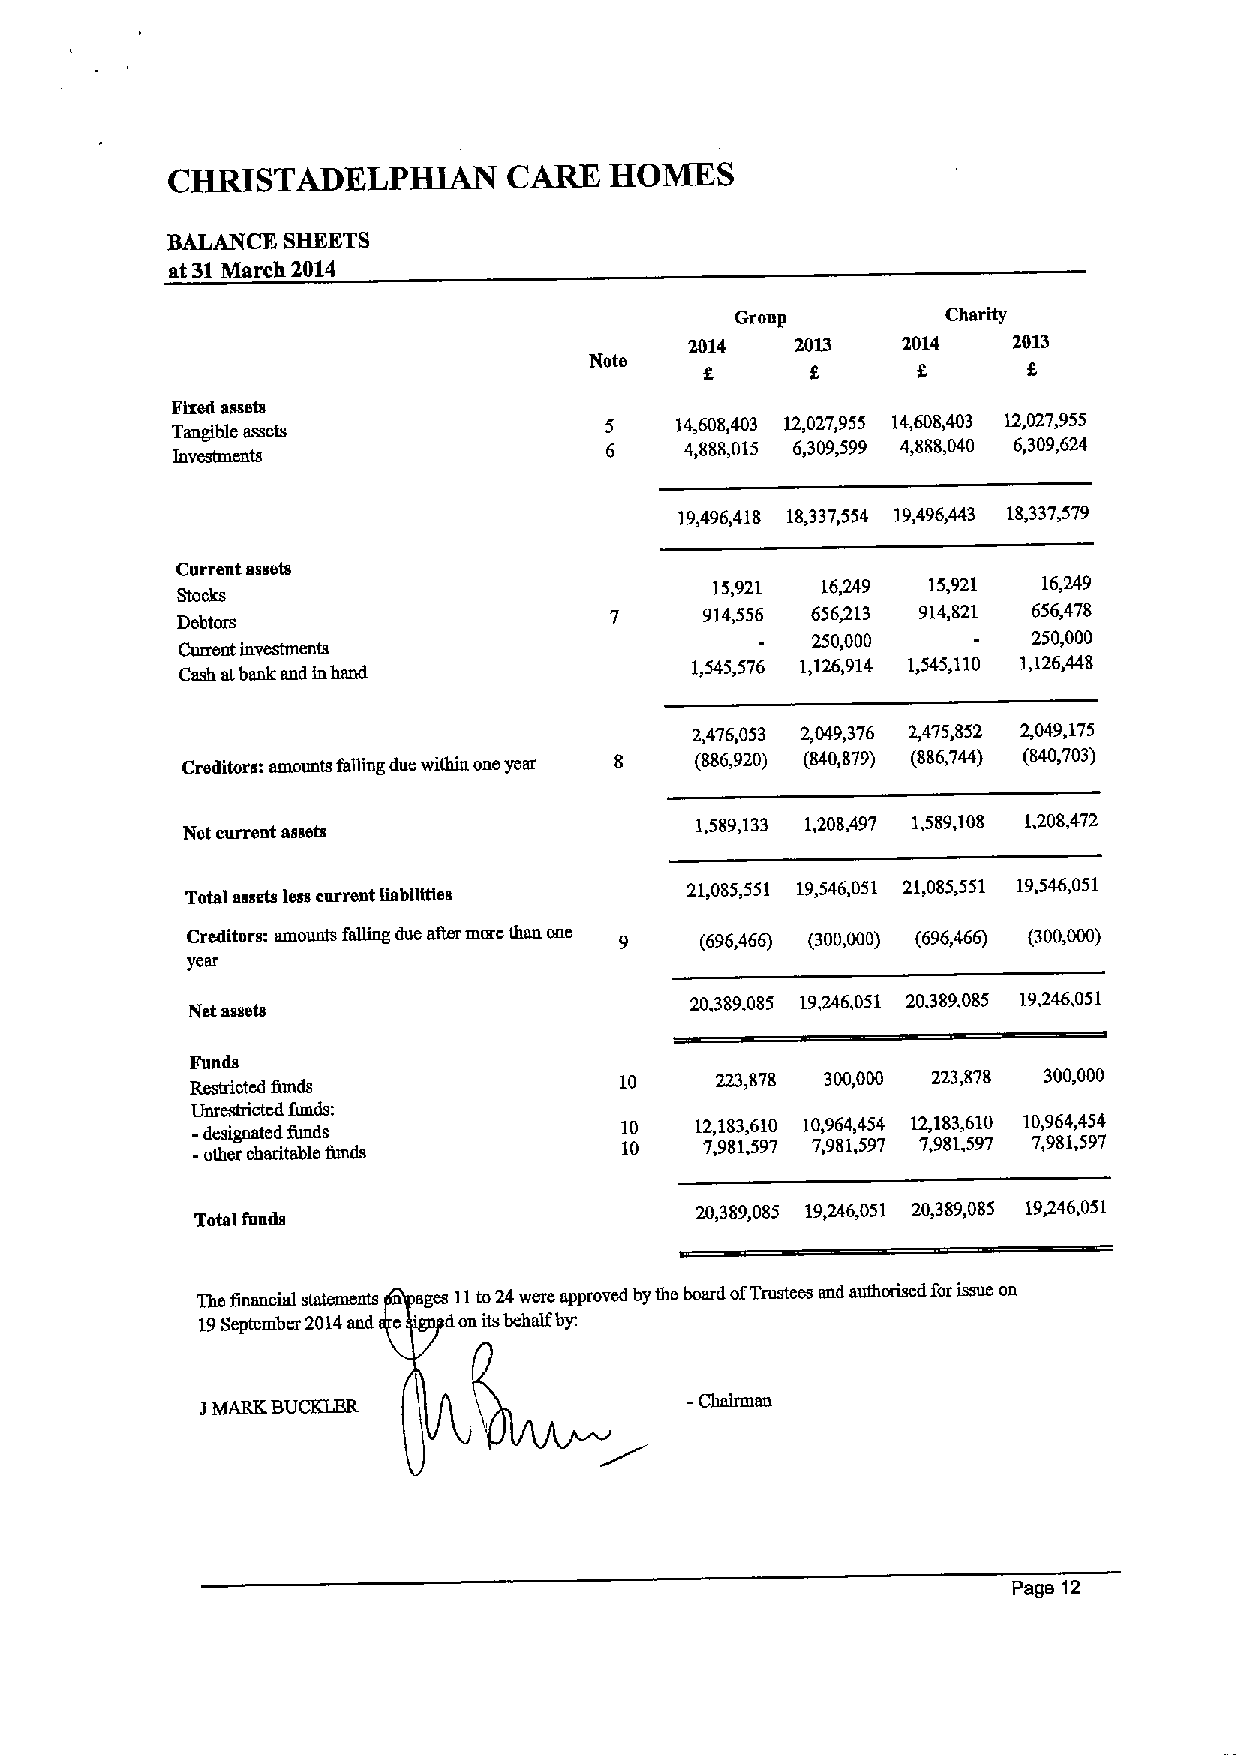
CHMSTADELPHIAN         CARE  HOMES
 BALANCE SHEETS
 at 31March 2014
 Group         Charity
 2014   2013   2014   2013
 Note                  8      8
 Fired assets
 Tangible assets              5    14,608,403 12,027,955 14,608,403 12,027,955
 6    4,888,015 6,309,599 4,888,040 6,309,624
 investments
 19,496,418 18,337,554 19,496,443 18,337,579
 Current assets
 15,921 16,249 15,921  16,249
 Stocks
 914,556 656313 914,821 656,478
 Debtors
 250,000       250,000
 Cmrent investments
 Cash atbank and inhand
 1,545,576 1,126,914 1,545,110 1,126,448
 2,476,053 2,049,376 2,475,852 2,049,175
 Creditors: amounts hdting due within oneyear (886,920) (840,879) (886,744) (840,703)
 Net current assets
 1,589,133 1,208,497 1,589,108 1,208,472
 Total assets less current liabilities 21,085,551 19,546,051 21,085,551 19,546,051
 Creditors: amounts falling due aller moro than one (696,466) (300,000) (696,466) (300,000)
 year
 20,389,085 19,246,051 20.389,085 19,246,051
 Net assets
 Funds
 10    223,878 300,000 223,878 300,000
 Restricted fimds
 Unrestricted fonda:
 - designated funds          10   12,183,610 10,964,454 12,183,610 10J64,454
 -other charitable Smds      10    7,981,597 7,981,597 7,981,597 7,981,597
 Total fends
 20,389,085 19,246,051 20,389,085 19446,051
 The financia statemts n ages 11to24were approved bythe board ofTrustees and authorised forissue on
 19September 2014and c on itsbehalf by:
 1MARK BUCKLBR
 Page 12